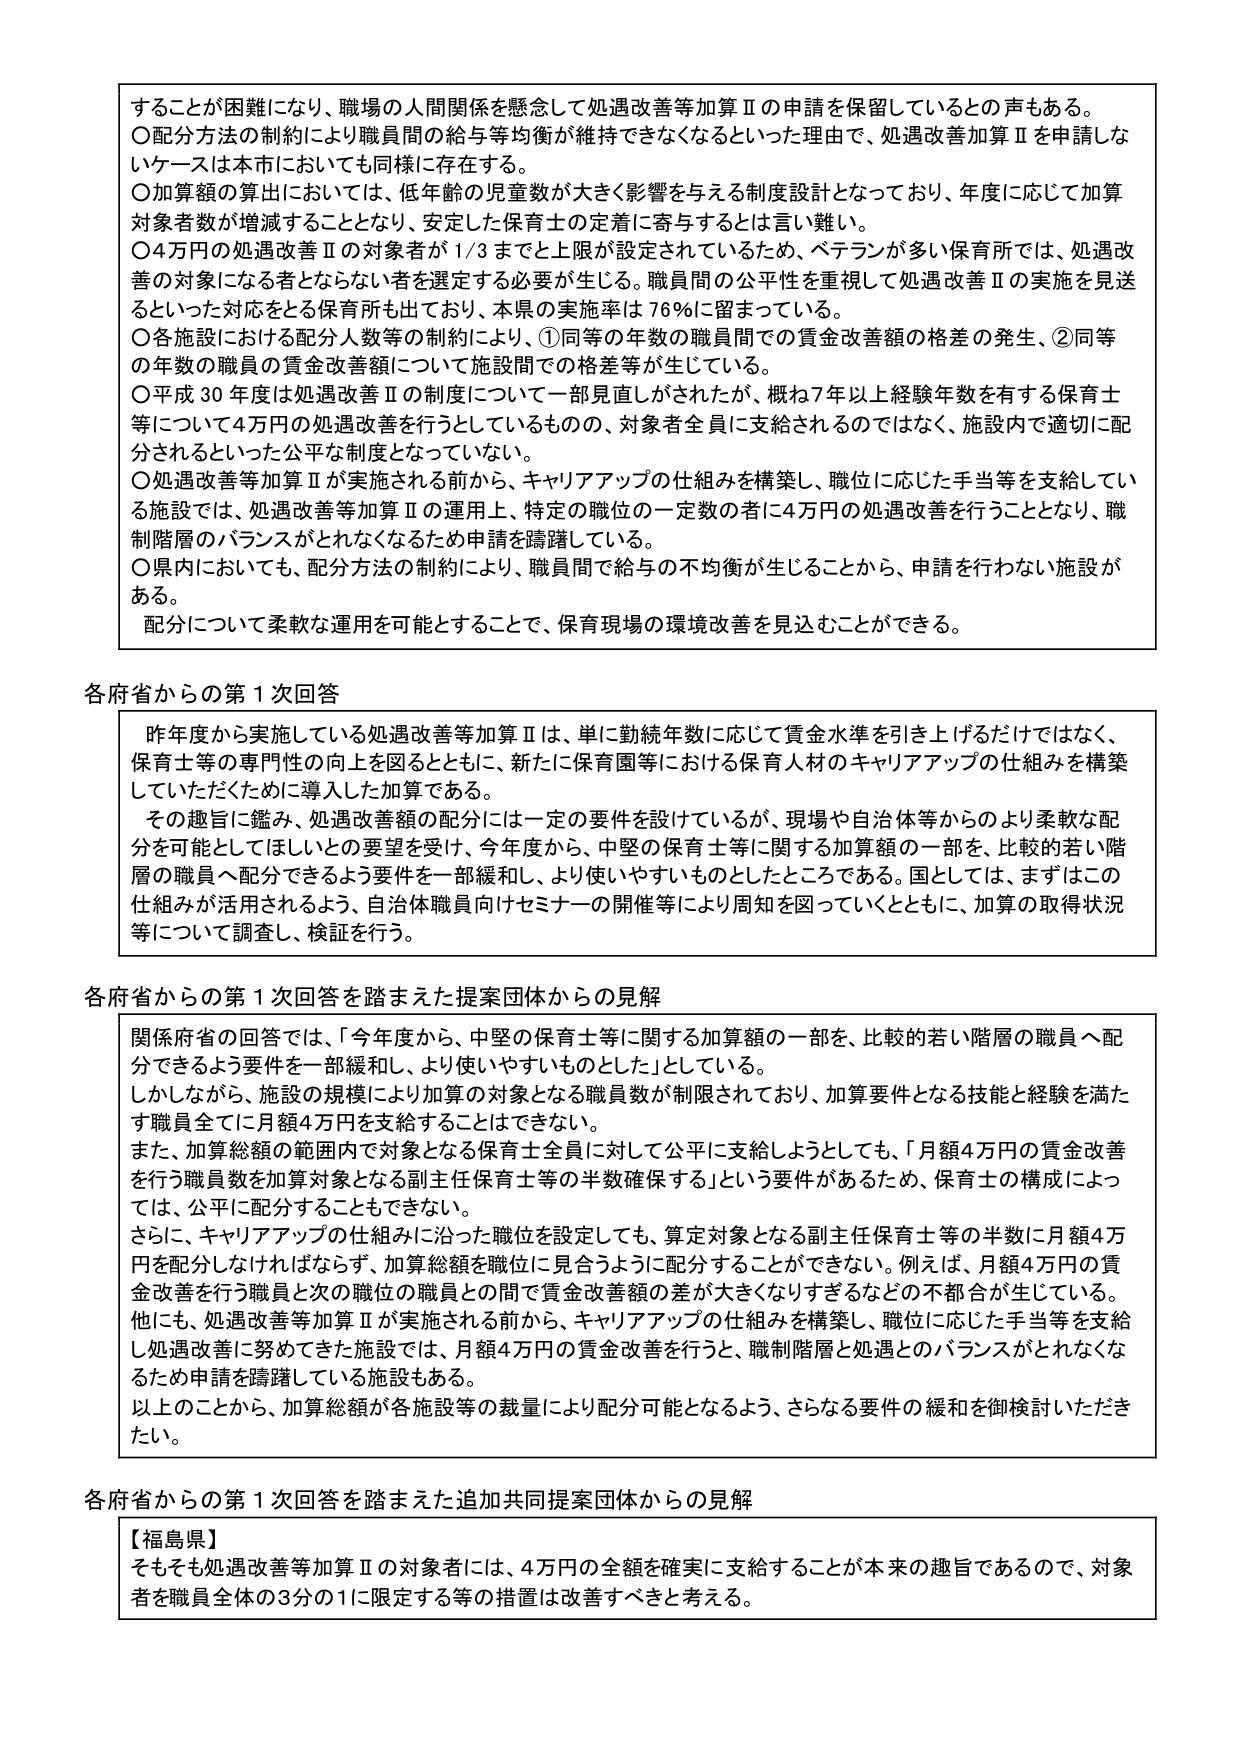
することが困難になり、職場の人間関係を懸念して処遇改善等加算Ⅱの申請を保留しているとの声もある。
〇分配方法の制約により職員間の給与等均衡が維持できなくなるといった理由で、処遇改善加算Ⅱを申請しないケースは本市においても同様に存在する。
〇加算額の算出においては、低年齢の児童数が大きく影響を与える制度設計となっており、年度に応じて加算対象者数が増減することとなり、安定した保育士の定着に寄与するとは言い難い。
〇4万円の処遇改善Ⅱの対象者が1/3までと上限が設定されているため、ベテランが多い保育所では、処遇改善の対象になる者とならない者を選定する必要が生じる。職員間の公平性を重視して処遇改善Ⅱの実施を見送るといった対応をとる保育所も出ており、本県の実施率は76％に留まっている。
〇各施設における配分人数等の制約により、①同等の年数の職員間での賃金改善額の格差の発生、②同等の年数の職員の賃金改善額について施設間での格差等が生じている。
〇平成30年度は処遇改善Ⅱの制度について一部見直しがされたが、概ね7年以上経験年数を有する保育士等について4万円の処遇改善を行うとしているものの、対象者全員に支給されるのではなく、施設内で適切に配分されるといった公平な制度となっていない。
〇処遇改善等加算Ⅱが実施される前から、キャリアアップの仕組みを構築し、職位に応じた手当等を支給している施設では、処遇改善等加算Ⅱの運用で、特定の職位の一定数の者に4万円の処遇改善を行うこととなり、職制階層のバランスがとれないため申請を躊躇している。
〇県内においても、配分方法の制約により、職員間で給与の不均衡が生じることから、申請を行わない施設がある。
配分について柔軟な運用を可能とすることで、保育現場の環境改善を見込むことができる。

各府省からの第1次回答
昨年度から実施している処遇改善等加算Ⅱは、単に勤続年数に応じて賃金水準を引き上げるだけではなく、保育士等の専門性の向上を図るとともに、新たに保育園等における保育人材のキャリアアップの仕組みを構築していただくために導入した加算である。
その趣旨に鑑み、処遇改善額の配分には一定の要件を設けているが、現場や自治体等からのより柔軟な配分を可能としてほしいとの要望を受け、今年度から、中堅の保育士等に関する加算額の一部を、比較的若い階層の職員へ配分できるよう要件を一部緩和し、より使いやすいものとしたところである。国としては、まずはこの仕組みが活用されるよう、自治体職員向けセミナーの開催等により周知を図っていくとともに、加算の取得状況等について調査、検証を行う。

各府省からの第1次回答を踏まえた提案団体からの見解
関係府省の回答では、「今年度から、中堅の保育士等に関する加算額の一部を、比較的若い階層の職員へ配分できるよう要件を一部緩和し、より使いやすいものとした」としている。
しかしながら、施設の規模により加算の対象となる職員数が制限されており、加算要件となる技能と経験を満たす職員全てに月額4万円を支給することはできない。
また、加算総額の範囲内で対象となる保育士全員に対して公平に支給しようとしても、「月額4万円の賃金改善を行う職員数を加算対象となる副主任保育士等の半数確保する」という要件があるため、保育士の構成によっては、公平に配分することもできない。
さらに、キャリアアップの仕組みに沿った職位を設定しても、算定対象となる副主任保育士等の半数に月額4万円を配分しなければならず、加算総額を職位に見合うように配分することができない。例えば、月額4万円の賃金改善を行う職員と次の職位の職員との間で賃金改善額の差が大きくなりすぎるなどの不都合が生じている。
他にも、処遇改善等加算Ⅱが実施される前から、キャリアアップの仕組みを構築し、職位に応じた手当等を支給し処遇改善に努めてきた施設では、月額4万円の賃金改善を行うと、職制階層と処遇とのバランスがとれなくなるため申請を躊躇している施設もある。
以上のことから、加算総額が各施設等の裁量により配分可能となるよう、さらなる要件の緩和を御検討いただきたい。

各府省からの第1次回答を踏まえた追加共同提案団体からの見解
【福島県】
そもそも処遇改善等加算Ⅱの対象者には、4万円の全額を確実に支給することが本来の趣旨であるので、対象者を職員全体の3分の1に限定する等の措置は改善すべきと考える。